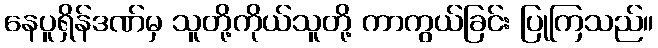
နေပူရှိန်ဒဏ်မှ သူတို့ကိုယ်သူတို့ ကာကွယ်ခြင်း ပြုကြသည်။